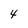
Character: 4